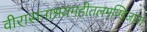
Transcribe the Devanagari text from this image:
वीरासनाश्रयमहीतलमण्डिजानो